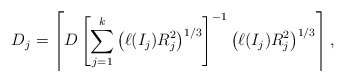
\begin{align*}D_j=\left\lceil D\left[\sum_{j=1}^k\left(\ell(I_j)R_j^2\right)^{1/3}\right]^{-1}\left(\ell(I_j)R_j^2\right)^{1/3}\right\rceil,\end{align*}